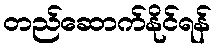
တည်ဆောက်နိုင်ရန်